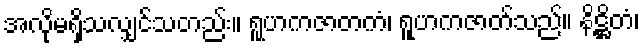
အလိုမရှိသလျှင်သတည်း။ ရူဟကဇာတကံ၊ ရူဟကဇာတ်သည်။ နိဋ္ဌိတံ၊